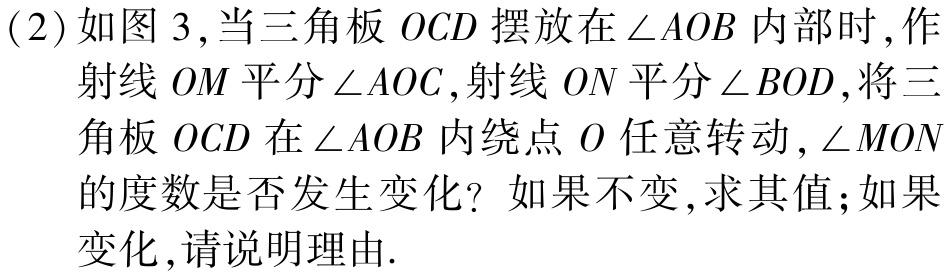
(2)如图3,当三角板\(OCD\)摆放在\(\angle AOB\)内部时,作射线\(OM\)平分\(\angle AOC\),射线\(ON\)平分\(\angle BOD\),将三角板\(OCD\)在\(\angle AOB\)内绕点\(O\)任意转动,\(\angle MON\)的度数是否发生变化？如果不变,求其值;如果变化,请说明理由.